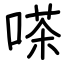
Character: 嗏